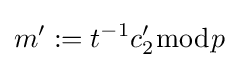
m':=t^{-1}c'_{2}{\bmod {p}}